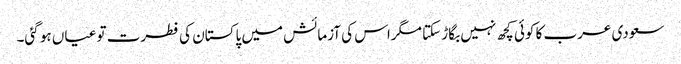
سعودی عرب کا کوئی کچھ نہیں بگاڑ سکتا مگراس کی آزمائش میں پاکستان کی فطرت تو عیاں ہو گئی۔